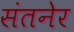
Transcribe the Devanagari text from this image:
संतनेर